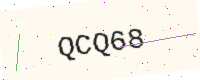
Text: QCQ68